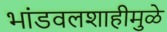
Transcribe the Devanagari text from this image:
भांडवलशाहीमुळे